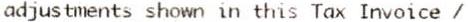
ADJUSTMENTS SHOWN IN THIS TAX INVOICE /